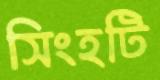
সিংহটি